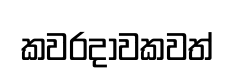
කවරදාවකවත්